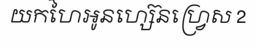
យកហៃអូនហ្ស៊េនហ្វ្រេស 2